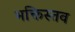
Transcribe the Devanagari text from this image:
भक्तिस्तव